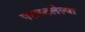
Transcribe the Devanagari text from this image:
पालटलेल्या